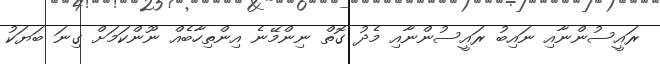
ރައީސުންނާއި ނައިބު ރައީސުންނާއި މެދު ގޮތް ނިންމޭނެ އިންތިހާބެއް ނޫންކަމަށް ގިނަ ބަޔަކު